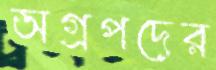
অগ্রপদের